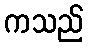
ကသည်